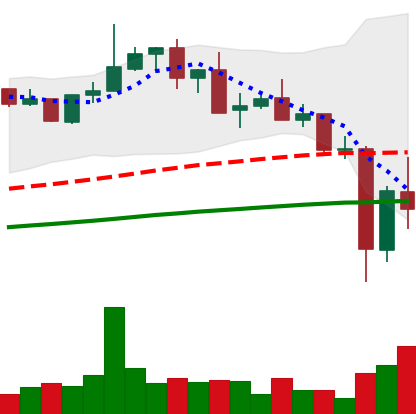
Ticker: XMR-USD
Chart end date: 2021-05-21
Forward return: 4.6%
Label: up_3_5